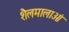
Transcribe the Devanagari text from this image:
शैलमालाओं